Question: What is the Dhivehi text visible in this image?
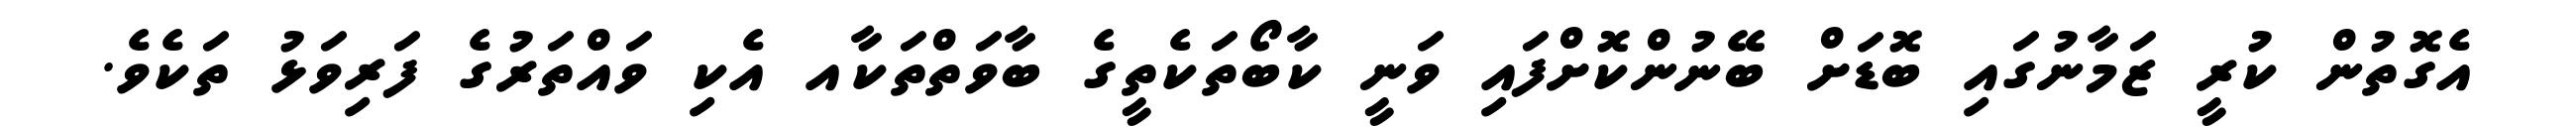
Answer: އެގޮތުން ކުރީ ޒަމާނުގައި ބޮޑަށް ބޭނުންކޮށްފައި ވަނީ ކާބޯތަކެތީގެ ބާވަތްތަކާއ އެކި ވައްތަރުގެ ފަރިވަޅު ތަކެވެ.